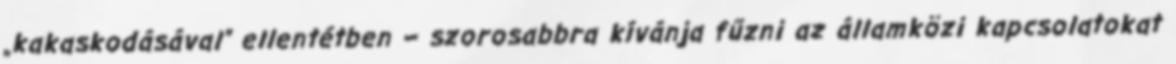
„kakaskodásával” ellentétben – szorosabbra kívánja fűzni az államközi kapcsolatokat